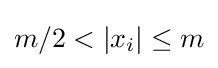
m/2<|x_{i}|\leq m